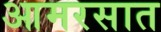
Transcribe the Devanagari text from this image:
आमरसात